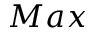
M a x